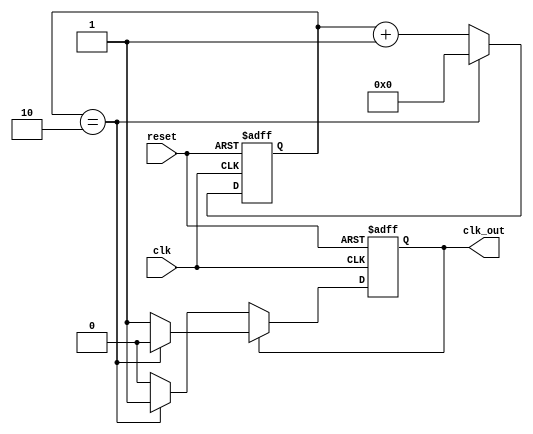
module clk_processor(clk, reset, clk_out);
input clk;
input reset;
output clk_out;
reg [3:0] count;
reg  pos_or_neg;

parameter rise = 3;
parameter fall = 3;
 
always @(posedge clk, posedge reset) begin
    if(reset) begin
 
		  count<= 0;
        pos_or_neg <=0;
 
		end 
	else  if ( (pos_or_neg ==1) )
	begin
	if ((count == rise-1) )
		begin 
		count <=0;
		pos_or_neg <=0;  	  
		end
	else 
	count <= count+1;
	end
	else  if ( (pos_or_neg ==0) )
	begin
	if ((count == fall-1) )
		begin 
		count <=0;
		pos_or_neg <=1;  	  
		end
	else 
	count <= count+1;
	end
end	
 
assign clk_out = pos_or_neg;
 
endmodule